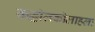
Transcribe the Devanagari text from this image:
कल्लोलकोलाहलः